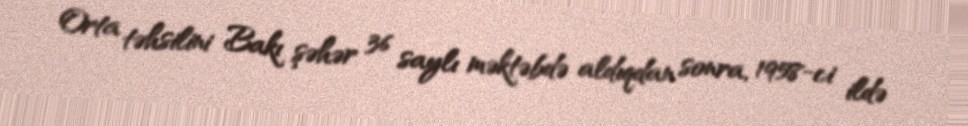
Orta təhsilini Bakı şəhər 36 saylı məktəbdə aldıqdan sonra, 1958-ci ildə